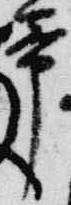
帯